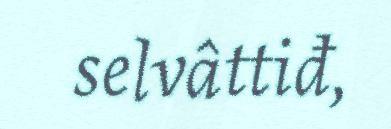
selvâttiđ,